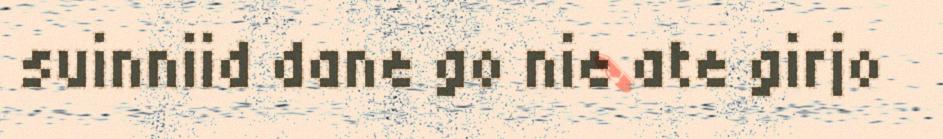
suinniid dane go nie ate girjo